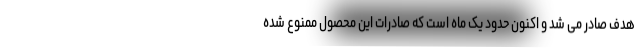
هدف صادر می شد و اکنون حدود یک ماه است که صادرات این محصول ممنوع شده